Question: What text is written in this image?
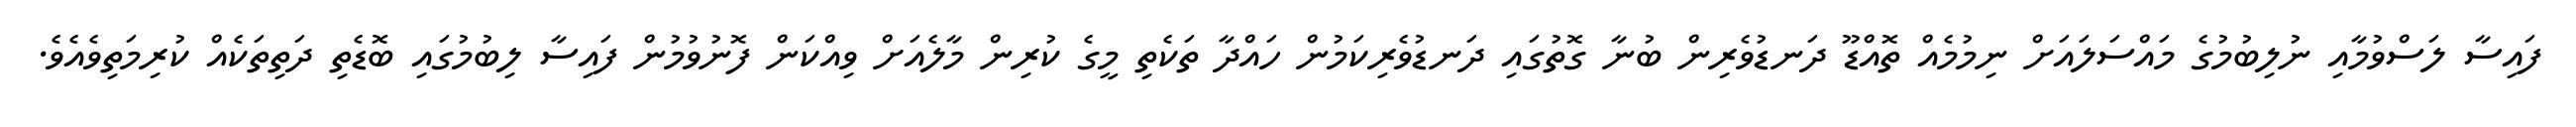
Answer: ފައިސާ ލަސްވުމާއި ނުލިބުމުގެ މައްސަލައަށް ނިމުމެއް ތޮއްޑޫ ދަނޑުވެރިން ބުނާ ގޮތުގައި ދަނޑުވެރިކަމުން ހައްދާ ތަކެތި މީގެ ކުރިން މާލެއަށް ވިއްކަން ފޮނުވުމުން ފައިސާ ލިބުމުގައި ބޮޑެތި ދަތިތަކެއް ކުރިމަތިވެއެވެ.